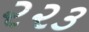
૨૨૩